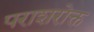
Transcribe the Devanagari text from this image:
पराशरोक्त